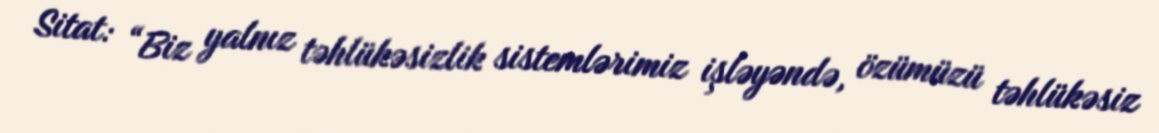
Sitat: “Biz yalnız təhlükəsizlik sistemlərimiz işləyəndə, özümüzü təhlükəsiz